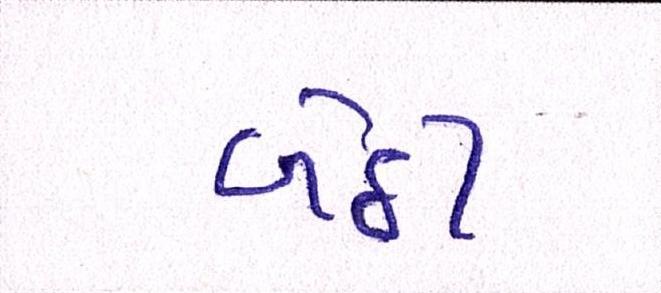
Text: બેઠી